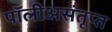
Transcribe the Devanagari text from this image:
पॉलीअसंतृप्त